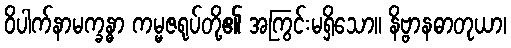
ဝိပါက်နာမက္ခန္ဓာ ကမ္မဇရုပ်တို့၏ အကြွင်းမရှိသော။ နိဗ္ဗာနဓာတုယာ၊